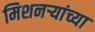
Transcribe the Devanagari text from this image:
मिशनर्‍यांच्या